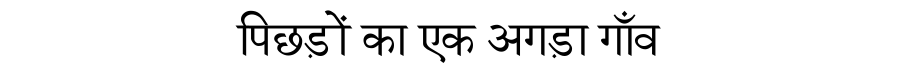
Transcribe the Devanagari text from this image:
पिछड़ों का एक अगड़ा गाँव